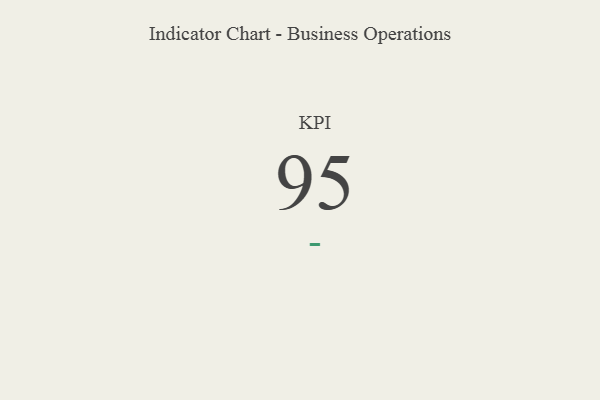
{"axis": {"x": "KPI", "y": "Value"}, "legend": [""], "data": [{"x": "KPI", "y": 95, "type": ""}]}